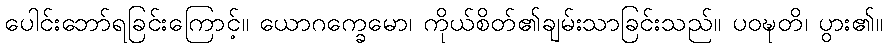
ပေါင်းဘော်ရခြင်းကြောင့်။ ယောဂက္ခေမော၊ ကိုယ်စိတ်၏ချမ်းသာခြင်းသည်။ ပဝဍ္ဎတိ၊ ပွား၏။